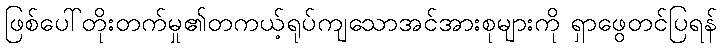
ဖြစ်ပေါ်တိုးတက်မှု၏တကယ့်ရုပ်ကျသောအင်အားစုများကို ရှာဖွေတင်ပြရန်